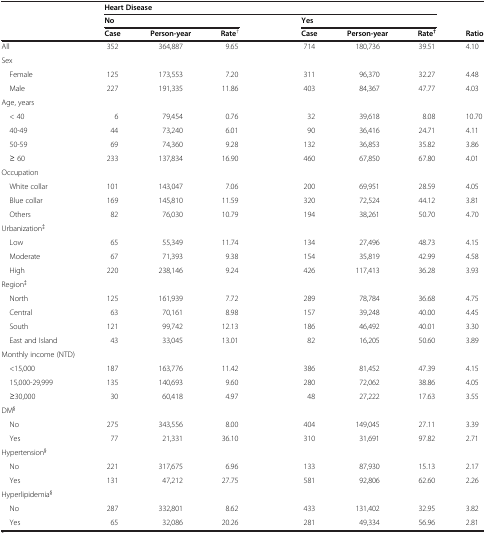
<table><thead><tr><td rowspan="3"><b> </b></td><td colspan="7"><b>Heart Disease</b></td><td><b> </b></td></tr><tr><td colspan="3"><b>No</b></td><td><b> </b></td><td colspan="3"><b>Yes</b></td><td><b> </b></td></tr><tr><td><b>Case</b></td><td><b>Person-year</b></td><td><b>Rate<sup>†</sup></b></td><td><b> </b></td><td><b>Case</b></td><td><b>Person-year</b></td><td><b>Rate<sup>†</sup></b></td><td><b>Ratio</b></td></tr></thead><tbody><tr><td>All</td><td>352</td><td>364,887</td><td>9.65</td><td> </td><td>714</td><td>180,736</td><td>39.51</td><td>4.10</td></tr><tr><td>Sex</td><td> </td><td> </td><td> </td><td> </td><td> </td><td> </td><td> </td><td> </td></tr><tr><td> Female</td><td>125</td><td>173,553</td><td>7.20</td><td> </td><td>311</td><td>96,370</td><td>32.27</td><td>4.48</td></tr><tr><td> Male</td><td>227</td><td>191,335</td><td>11.86</td><td> </td><td>403</td><td>84,367</td><td>47.77</td><td>4.03</td></tr><tr><td>Age, years</td><td> </td><td> </td><td> </td><td> </td><td> </td><td> </td><td> </td><td> </td></tr><tr><td> &lt; 40</td><td>6</td><td>79,454</td><td>0.76</td><td> </td><td>32</td><td>39,618</td><td>8.08</td><td>10.70</td></tr><tr><td> 40-49</td><td>44</td><td>73,240</td><td>6.01</td><td> </td><td>90</td><td>36,416</td><td>24.71</td><td>4.11</td></tr><tr><td> 50-59</td><td>69</td><td>74,360</td><td>9.28</td><td> </td><td>132</td><td>36,853</td><td>35.82</td><td>3.86</td></tr><tr><td> ≥ 60</td><td>233</td><td>137,834</td><td>16.90</td><td> </td><td>460</td><td>67,850</td><td>67.80</td><td>4.01</td></tr><tr><td>Occupation</td><td> </td><td> </td><td> </td><td> </td><td> </td><td> </td><td> </td><td> </td></tr><tr><td> White collar</td><td>101</td><td>143,047</td><td>7.06</td><td> </td><td>200</td><td>69,951</td><td>28.59</td><td>4.05</td></tr><tr><td> Blue collar</td><td>169</td><td>145,810</td><td>11.59</td><td> </td><td>320</td><td>72,524</td><td>44.12</td><td>3.81</td></tr><tr><td> Others</td><td>82</td><td>76,030</td><td>10.79</td><td> </td><td>194</td><td>38,261</td><td>50.70</td><td>4.70</td></tr><tr><td>Urbanization<sup>‡</sup></td><td> </td><td> </td><td> </td><td> </td><td> </td><td> </td><td> </td><td> </td></tr><tr><td> Low</td><td>65</td><td>55,349</td><td>11.74</td><td> </td><td>134</td><td>27,496</td><td>48.73</td><td>4.15</td></tr><tr><td> Moderate</td><td>67</td><td>71,393</td><td>9.38</td><td> </td><td>154</td><td>35,819</td><td>42.99</td><td>4.58</td></tr><tr><td> High</td><td>220</td><td>238,146</td><td>9.24</td><td> </td><td>426</td><td>117,413</td><td>36.28</td><td>3.93</td></tr><tr><td>Region<sup>‡</sup></td><td> </td><td> </td><td> </td><td> </td><td> </td><td> </td><td> </td><td> </td></tr><tr><td> North</td><td>125</td><td>161,939</td><td>7.72</td><td> </td><td>289</td><td>78,784</td><td>36.68</td><td>4.75</td></tr><tr><td> Central</td><td>63</td><td>70,161</td><td>8.98</td><td> </td><td>157</td><td>39,248</td><td>40.00</td><td>4.45</td></tr><tr><td> South</td><td>121</td><td>99,742</td><td>12.13</td><td> </td><td>186</td><td>46,492</td><td>40.01</td><td>3.30</td></tr><tr><td> East and Island</td><td>43</td><td>33,045</td><td>13.01</td><td> </td><td>82</td><td>16,205</td><td>50.60</td><td>3.89</td></tr><tr><td>Monthly income (NTD)</td><td> </td><td> </td><td> </td><td> </td><td> </td><td> </td><td> </td><td> </td></tr><tr><td> &lt;15,000</td><td>187</td><td>163,776</td><td>11.42</td><td> </td><td>386</td><td>81,452</td><td>47.39</td><td>4.15</td></tr><tr><td> 15,000-29,999</td><td>135</td><td>140,693</td><td>9.60</td><td> </td><td>280</td><td>72,062</td><td>38.86</td><td>4.05</td></tr><tr><td> ≥30,000</td><td>30</td><td>60,418</td><td>4.97</td><td> </td><td>48</td><td>27,222</td><td>17.63</td><td>3.55</td></tr><tr><td>DM<sup>§</sup></td><td> </td><td> </td><td> </td><td> </td><td> </td><td> </td><td> </td><td> </td></tr><tr><td> No</td><td>275</td><td>343,556</td><td>8.00</td><td> </td><td>404</td><td>149,045</td><td>27.11</td><td>3.39</td></tr><tr><td> Yes</td><td>77</td><td>21,331</td><td>36.10</td><td> </td><td>310</td><td>31,691</td><td>97.82</td><td>2.71</td></tr><tr><td>Hypertension<sup>§</sup></td><td> </td><td> </td><td> </td><td> </td><td> </td><td> </td><td> </td><td> </td></tr><tr><td> No</td><td>221</td><td>317,675</td><td>6.96</td><td> </td><td>133</td><td>87,930</td><td>15.13</td><td>2.17</td></tr><tr><td> Yes</td><td>131</td><td>47,212</td><td>27.75</td><td> </td><td>581</td><td>92,806</td><td>62.60</td><td>2.26</td></tr><tr><td>Hyperlipidemia<sup>§</sup></td><td> </td><td> </td><td> </td><td> </td><td> </td><td> </td><td> </td><td> </td></tr><tr><td> No</td><td>287</td><td>332,801</td><td>8.62</td><td> </td><td>433</td><td>131,402</td><td>32.95</td><td>3.82</td></tr><tr><td> Yes</td><td>65</td><td>32,086</td><td>20.26</td><td> </td><td>281</td><td>49,334</td><td>56.96</td><td>2.81</td></tr></tbody></table>